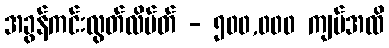
အခွန်ကင်းလွတ်လိမ်တ် - ၅၀၀,၀၀၀ ကျပ်အထိ